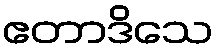
ဧတာဒိသေ